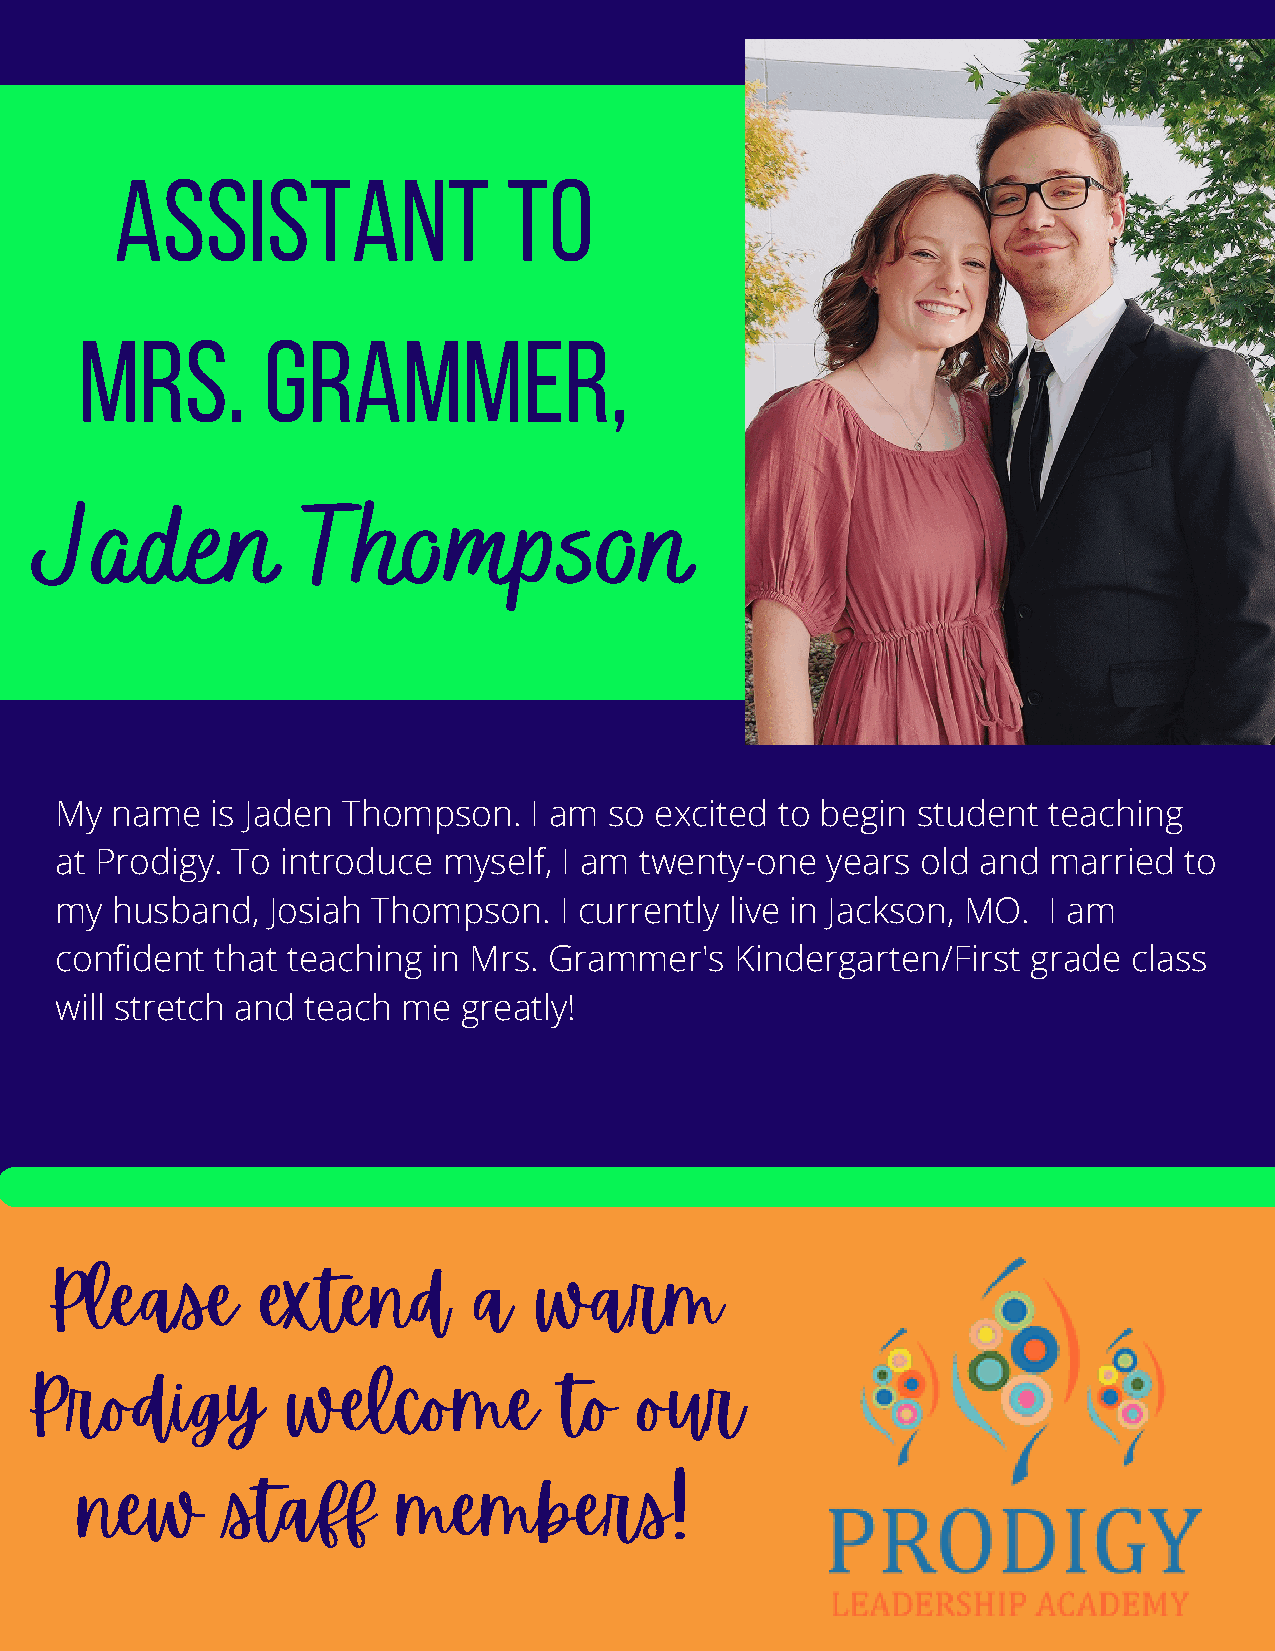
Assistant                 to
 Mrs.        GRAMMER,
 Jaden             Thompson
 My name   is Jaden Thompson.   I am so excited to begin  student teaching
 at Prodigy. To introduce myself, I am twenty-one   years old and married  to
 my husband,   Josiah Thompson.   I currently live in Jackson, MO. I am
 confident that teaching  in Mrs. Grammer's   Kindergarten/First grade  class
 will stretch and teach me  greatly!
 Please        extend        a    warm
 Prodigy          welcome           to   our
 new       staff      members!